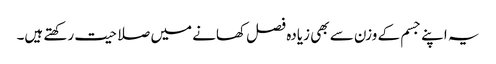
یہ اپنے جسم کے وزن سے بھی زیادہ فصل کھانے میں صلاحیت رکھتے ہیں۔